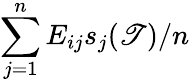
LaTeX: \sum_{j=1}^{n}E_{ij}s_{j}(\mathscr{T})/n